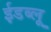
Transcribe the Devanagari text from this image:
ईडब्लू